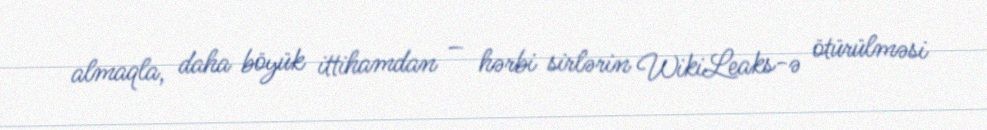
almaqla, daha böyük ittihamdan – hərbi sirlərin WikiLeaks-ə ötürülməsi